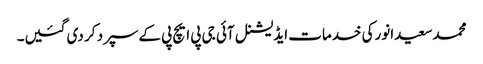
محمدسعیدانورکی خدمات ایڈیشنل آئی جی پی ایچ پی کےسپرد کر دی گئیں۔